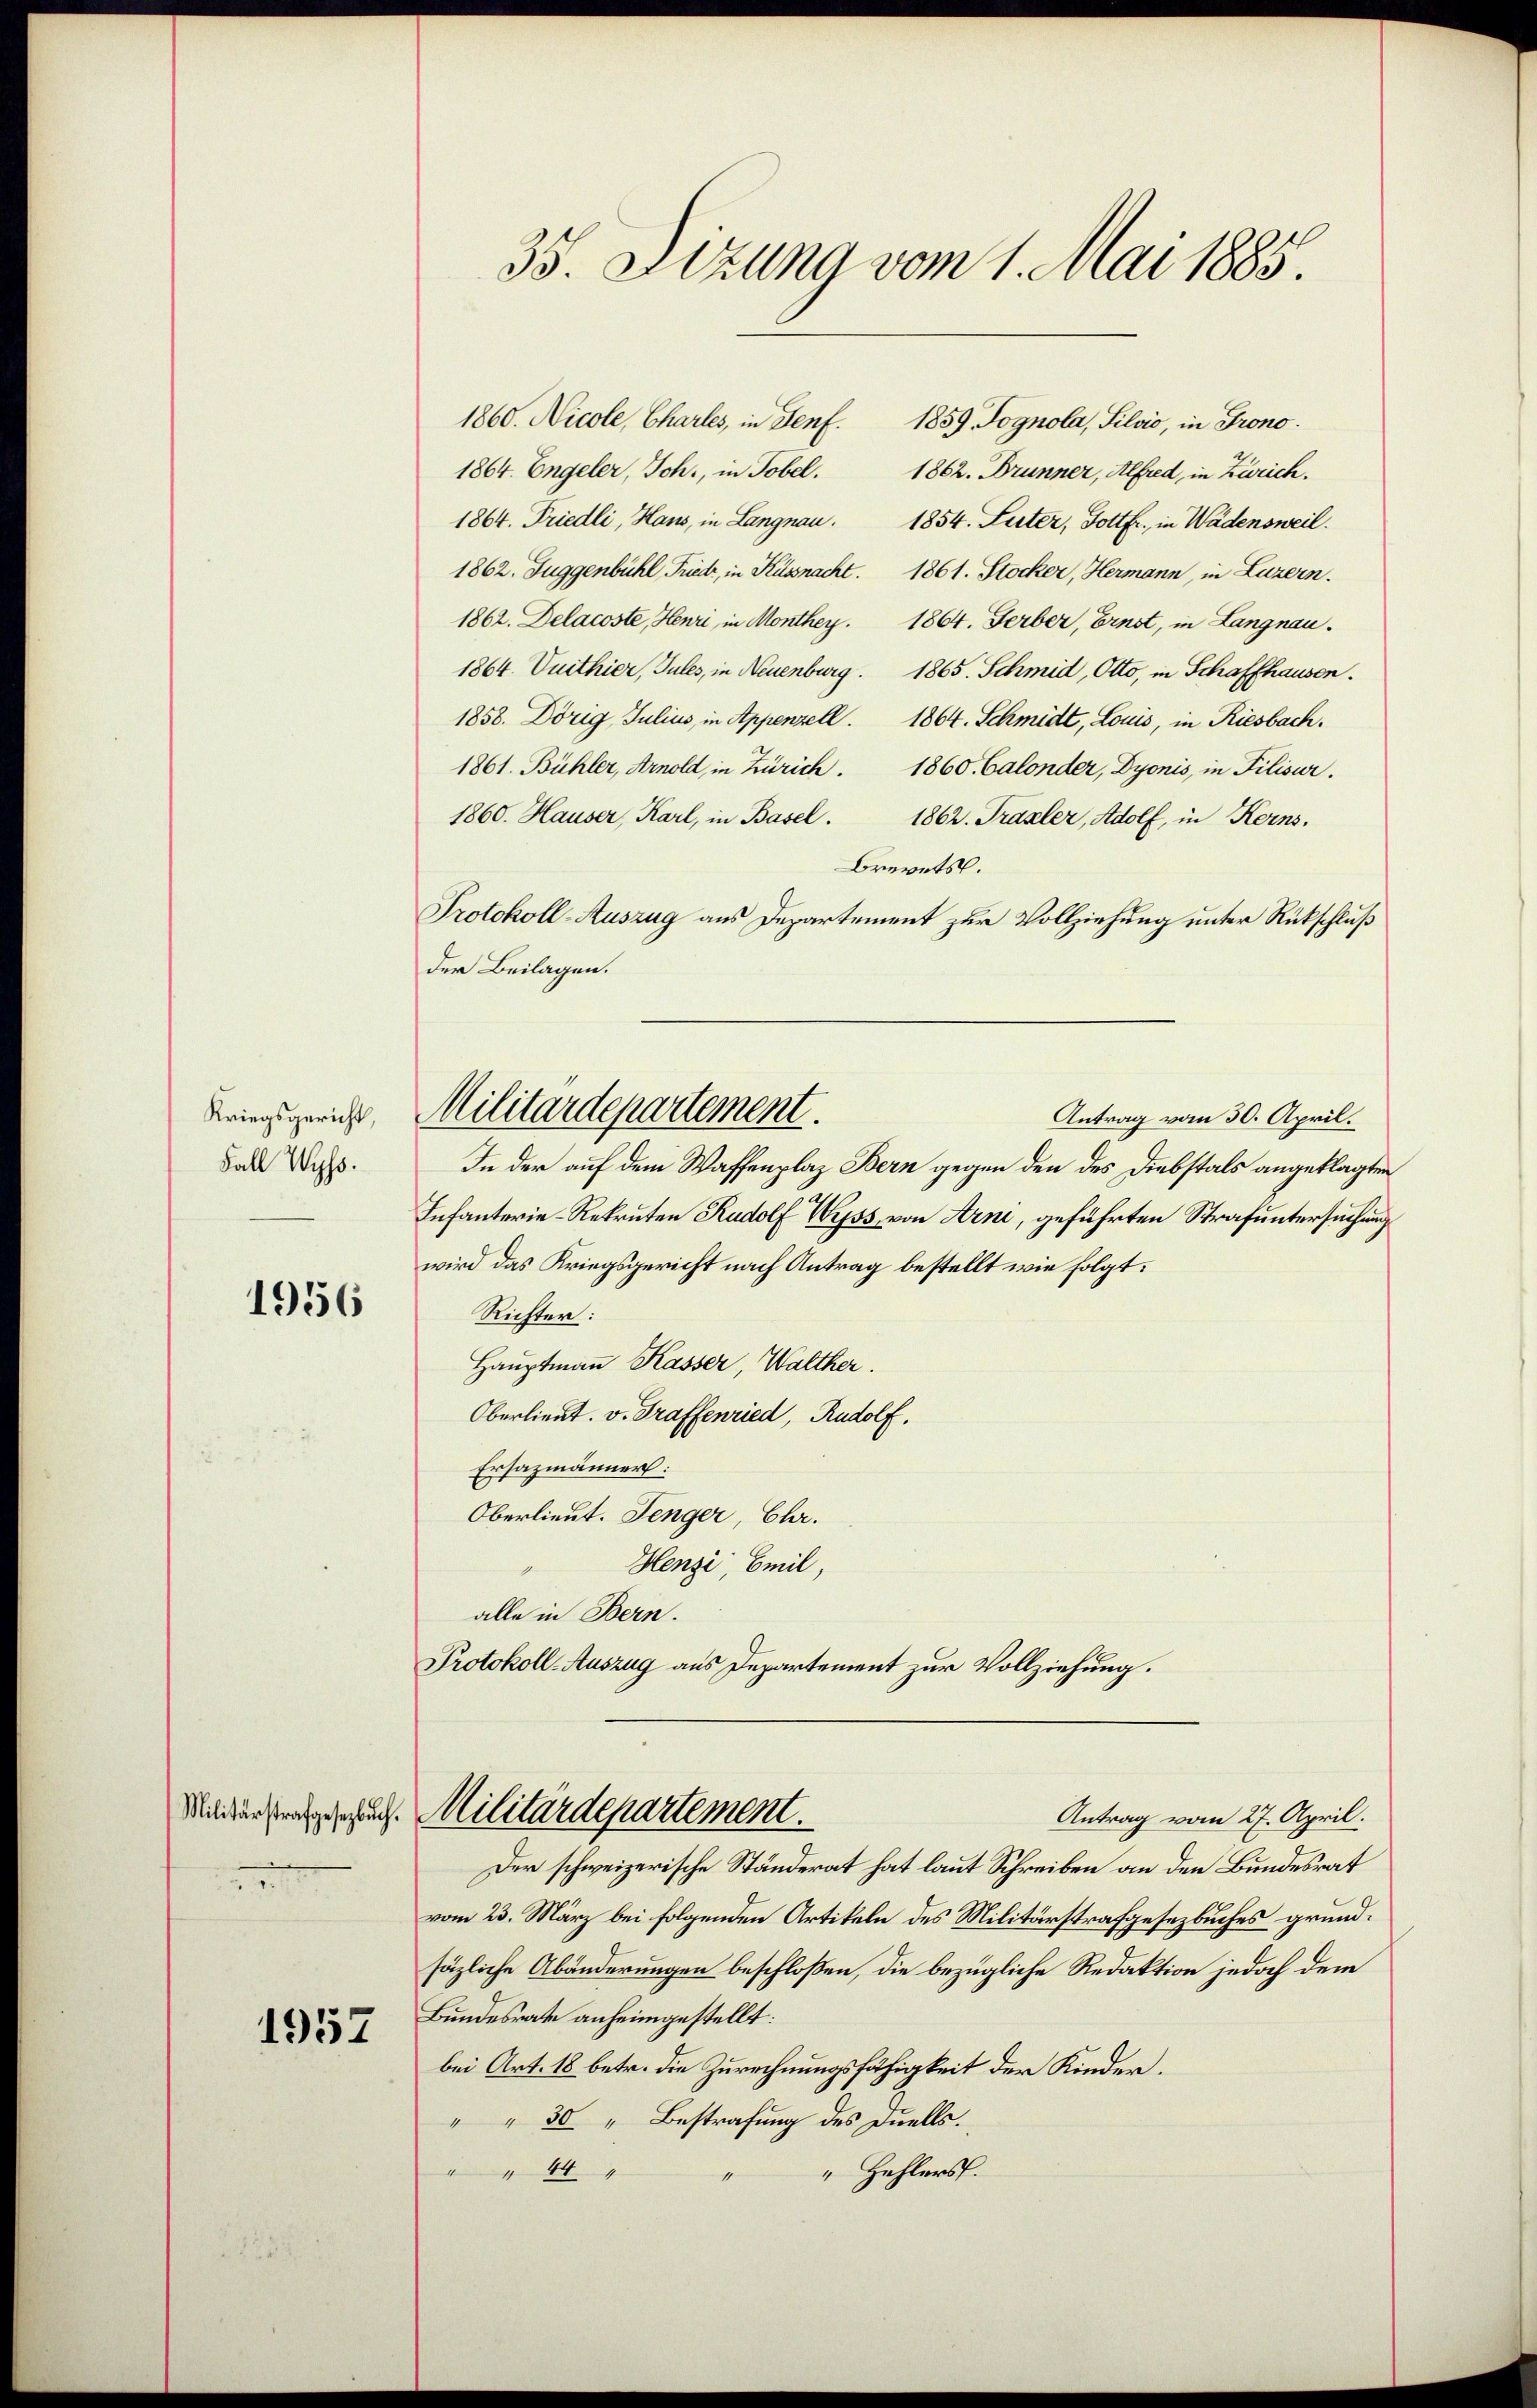
Kriegsgericht,
Fall Wyss.

1956

Militärstrafgesetzbuch
2

1957

35. Sizung vom 1. Mai 1885.

1860. Nicole, Charles, in Genf. 1859. Fognola, Silvio, in Frono¬
1864. Engeler, Joh., in Tobel.
1862. Brunner, Alfred, in Zürich.
1864. Friedli, Haus, in Langnau. 1854. Suter, Gottfr. in Wädensweil.
1862. Fuggenbühl, Frieder, in Küssnacht. 1861. Stocker, Hermann, in Luzern.
1862. Delacoste, Henri in Monthey. 1864. Ferber, Ernst, in Langnau.
1864 Vuithier, Jules, in Neuenburg. 1865. Schmid, Otto, in Schaffhausen.
1858. Dörig Julius, in Appenzell. 1864. Schmidt, Louis, in Riesbach.
1861. Bühler, Arnold, in Zürich.
1860. Calonder, Dyonis, in Pilisur.
1860. Hauser, Karl, in Basel. 1862. Trasler, Adolf, in Kerns,
Brevets.
Protokoll-Auszug aus Departement zur Vollziehung unter Rückschluß
der Beilagen.
Militärdepartement.
Antrag vom 30. April.
In der auf dem Waffenplaz Bern gegen den des Diebstals angeklagten
Infanterie-Rekruten Rudolf Wyss, von Arne, geführten Strafuntersuchung
wird das Kriegsgericht nach Antrag bestellt wie folgt.
Richter:
Hauptmann Kasser, Walther.
Oberlieut. v. Graffenried, Rudolf.
Ersazmänner:
Oberlieut. Jenger, Chr.
Henzi, Emil,
alle in Bern.
Protokoll-Auszug aus Departement zur Vollziehung.

V. Militärdepartement.
Antrag vom 27. April.
Der schweizerische Ständerat hat laut Schreiben an den Bundesrat

vom 23. März bei folgenden Artikeln des Militärstrafgesezbuches grundsäzliche Abänderungen beschloßen, die bezügliche Redaktion jedoch dem
Bundesrathe anheimgestellt:
bei Art. 18 betr. die Zurechnungsfähigkeit der Kinder.
" " 30 " Bestrafung des Duells.
" Hehlers.
" 44